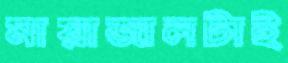
মায়াজালটাই